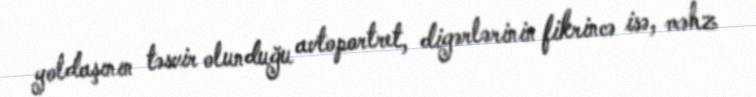
yoldaşının təsvir olunduğu avtoportret, digərlərinin fikrincə isə, məhz